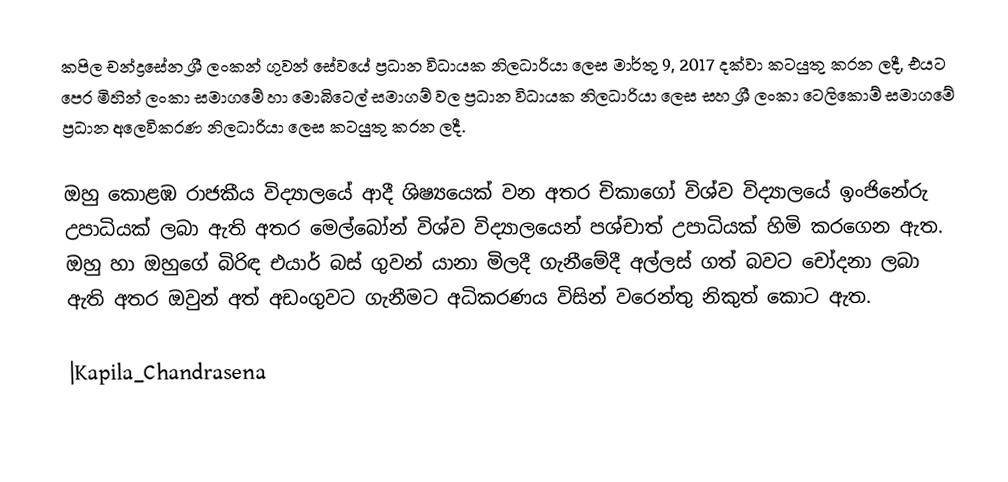
කපිල චන්ද්‍රසේන ශ්‍රී ලංකන් ගුවන් සේවයේ ප්‍රධාන විධායක නිලධාරියා ලෙස මාර්තු  9, 2017 දක්වා කටයුතු කරන ලදී, එයට පෙර මිහින් ලංකා සමාගමේ හා මොබිටෙල් සමාගම් වල ප්‍රධාන විධායක නිලධාරියා ලෙස සහ ශ්‍රී ලංකා ටෙලිකොම් සමාගමේ ප්‍රධාන අලෙවිකරණ නිලධාරියා ලෙස කටයුතු කරන ලදී.

ඔහු කොළඹ රාජකීය විද්‍යාලයේ ආදී ශිෂ්‍යයෙක් වන අතර චිකාගෝ විශ්ව විද්‍යාලයේ ඉංජිනේරු උපාධියක් ලබා ඇති අතර මෙල්බෝන් විශ්ව විද්‍යාලයෙන් පශ්චාත් උපාධියක් හිමි කරගෙන ඇත. ඔහු හා ඔහුගේ බිරිඳ එයාර් බස් ගුවන් යානා මිලදී ගැනීමේදී අල්ලස් ගත් බවට චෝදනා ලබා ඇති අතර ඔවුන් අත් අඩංගුවට ගැනීමට අධිකරණය විසින් වරෙන්තු නිකුත් කොට ඇත.

|Kapila_Chandrasena